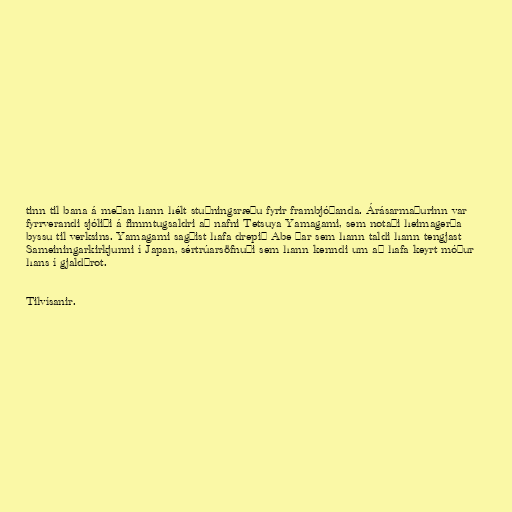
tinn til bana á meðan hann hélt stuðningsræðu fyrir frambjóðanda. Árásarmaðurinn var
fyrrverandi sjóliði á fimmtugsaldri að nafni Tetsuya Yamagami, sem notaði heimagerða
byssu til verksins. Yamagami sagðist hafa drepið Abe þar sem hann taldi hann tengjast
Sameiningarkirkjunni í Japan, sértrúarsöfnuði sem hann kenndi um að hafa keyrt móður
hans í gjaldþrot.

Tilvísanir.